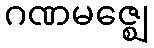
ဂဏမဇ္ဈေ